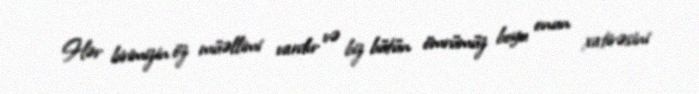
Hər birimizin öz müəllimi vardır və biz bütün ömrümüz boyu onun xatirəsini